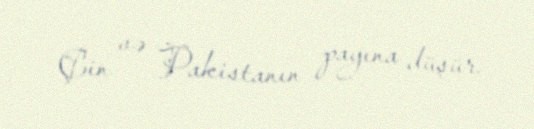
Çin və Pakistanın payına düşür.